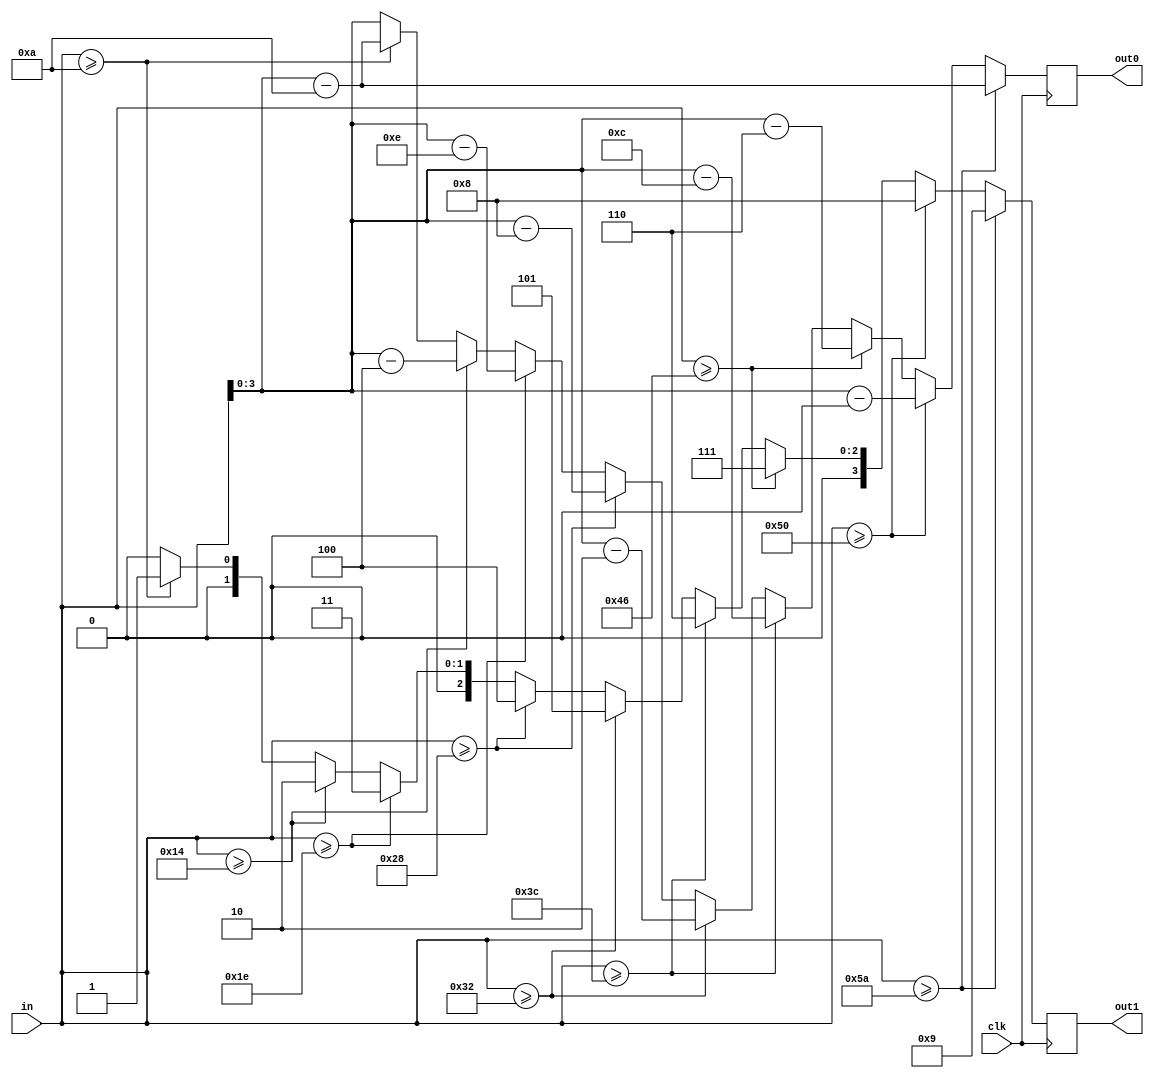
`timescale 1ns / 1ps
//////////////////////////////////////////////////////////////////////////////////
// Company: 
// Engineer: 
// 
// Design Name: 
// Module Name:    digit_split 
// Project Name: 
// Target Devices: 
// Tool versions: 
// Description: 
//
// Dependencies: 
//
// Revision: 
// Revision 0.01 - File Created
// Additional Comments: 
//
//////////////////////////////////////////////////////////////////////////////////
module digit_split(
	input [6:0] in,
	input clk,
	output [3:0] out1, out0
	);
	
	reg [3:0] d1, d0;
	assign out1 = d1, out0 = d0;
	
	always @(posedge clk) begin
		if (in >= 90) begin d1 = 9; d0 = in - 90; end
		else if (in >= 80) begin d1 = 8; d0 = in - 80; end
		else if (in >= 70) begin d1 = 7; d0 = in - 70; end
		else if (in >= 60) begin d1 = 6; d0 = in - 60; end
		else if (in >= 50) begin d1 = 5; d0 = in - 50; end
		else if (in >= 40) begin d1 = 4; d0 = in - 40; end
		else if (in >= 30) begin d1 = 3; d0 = in - 30; end
		else if (in >= 20) begin d1 = 2; d0 = in - 20; end
		else if (in >= 10) begin d1 = 1; d0 = in - 10; end
		else begin d1 = 0; d0 = in; end
	end
endmodule